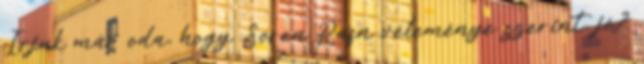
Irjuk már oda, hogy Soren Rafn véleménye szerint, jó?